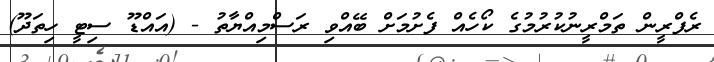
ރެފްރީން ތަމްރީނުކުރުމުގެ ކޯހެއް ފެށުމަށް ބޭއްވި ރަސްމިއްޔާތު - (އައްޑޫ ސިޓީ ހިތަދޫ)